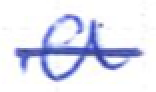
Text: a
Cross-out: single-line
Writing tool: ballpoint